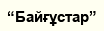
“Байғұстар”